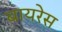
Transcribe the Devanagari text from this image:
बायरेस